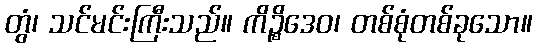
တွံ၊ သင်မင်းကြီးသည်။ ကိဉ္စိဒေဝ၊ တစ်စုံတစ်ခုသော။